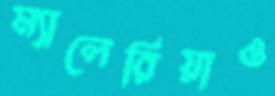
ম্যালেরিয়াও